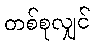
တစ်စုလျှင်